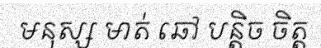
មនុស្ស មាត់ ឆៅ បន្តិច ចិត្ត